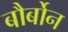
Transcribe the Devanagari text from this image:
बौर्बोन